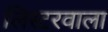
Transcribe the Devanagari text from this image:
लिस्टरवाला